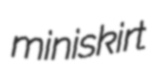
miniskirt